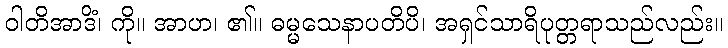
ဝါတိအာဒိံ၊ ကို။ အာဟ၊ ၏။ ဓမ္မသေနာပတိပိ၊ အရှင်သာရိပုတ္တရာသည်လည်း။